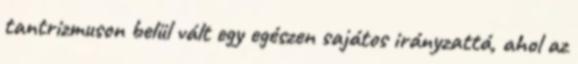
tantrizmuson belül vált egy egészen sajátos irányzattá, ahol az